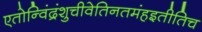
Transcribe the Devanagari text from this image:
एतोन्विंद्रंशुचीवेतिनतमंहइतीतिच